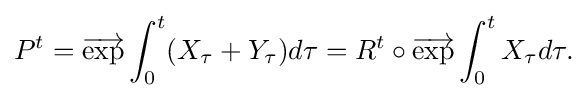
\displaystyle {P^{t}={\overrightarrow {\mathrm {exp} }}\int _{0}^{t}(X_{\tau }+Y_{\tau })d\tau =R^{t}\circ {\overrightarrow {\mathrm {exp} }}\int _{0}^{t}X_{\tau }d\tau .}